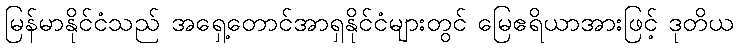
မြန်မာနိုင်ငံသည် အရှေ့တောင်အာရှနိုင်ငံများတွင် မြေဧရိယာအားဖြင့် ဒုတိယ